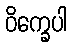
ဝိက္ခေပါ